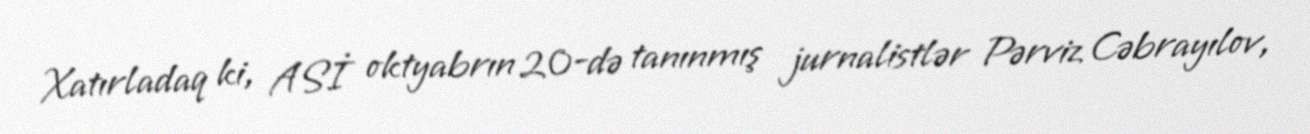
Xatırladaq ki, ASİ oktyabrın 20-də tanınmış jurnalistlər Pərviz Cəbrayılov,